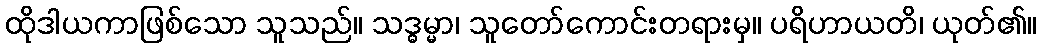
ထိုဒါယကာဖြစ်သော သူသည်။ သဒ္ဓမ္မာ၊ သူတော်ကောင်းတရားမှ။ ပရိဟာယတိ၊ ယုတ်၏။